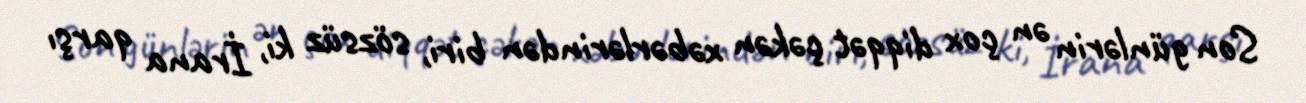
Son günlərin ən çox diqqət çəkən xəbərlərindən biri, sözsüz ki, İrana qarşı